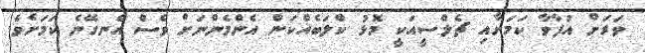
ވަރަށް އުފާވާ ކަމަށާއި ޗެލްސީއަކީ މޮޅު ކްލަބެއްކަން އެންމެންނަށް ވެސް އެނގޭނެ ކަމަށެވެ.